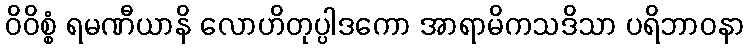
ဝိဝိစ္စံ ရမဏီယာနိ လောဟိတုပ္ပါဒကော အာရာမိကသဒိသာ ပရိဘာဝနာ